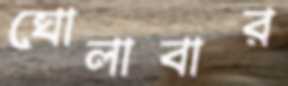
ঘোলাবার